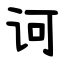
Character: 诃